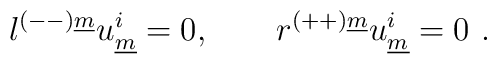
l^{(--)\underline{m}} u^i_{\underline{m}} = 0 , \qquad r^{(++)\underline{m}} u^i_{\underline{m}} = 0~. \qquad